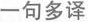
一句多译